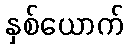
နှစ်ယောက်